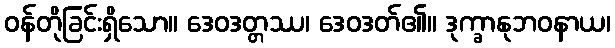
ဝန်တိုခြင်းရှိသော။ ဒေဝဒတ္တဿ၊ ဒေဝဒတ်၏။ ဒုက္ခာနုဘဝနာယ၊